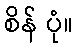
စိန် ပုံ။